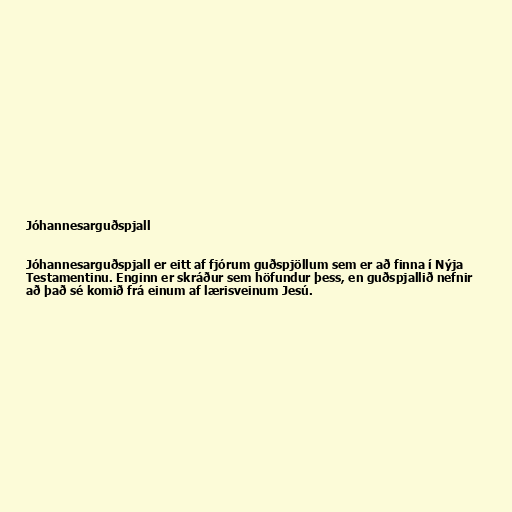
Jóhannesarguðspjall

Jóhannesarguðspjall er eitt af fjórum guðspjöllum sem er að finna í Nýja
Testamentinu. Enginn er skráður sem höfundur þess, en guðspjallið nefnir
að það sé komið frá einum af lærisveinum Jesú.